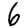
Digit: 6